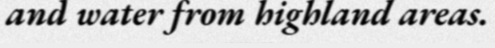
and water from highland areas.